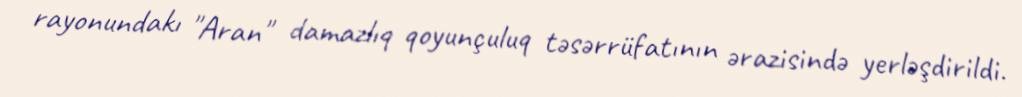
rayonundakı "Aran" damazlıq qoyunçuluq təsərrüfatının ərazisində yerləşdirildi.